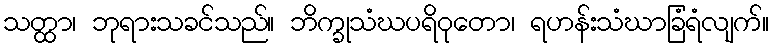
သတ္ထာ၊ ဘုရားသခင်သည်။ ဘိက္ခုသံဃပရိဝုတော၊ ရဟန်းသံဃာခြံရံလျက်။